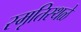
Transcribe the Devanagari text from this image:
स्मृतिस्थळे